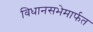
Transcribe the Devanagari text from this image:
विधानसभेमार्फत